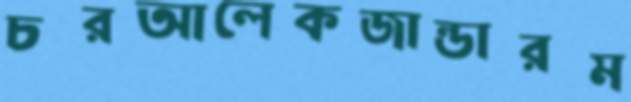
চরআলেকজান্ডারম